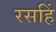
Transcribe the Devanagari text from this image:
रसहिं